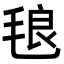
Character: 𭯙